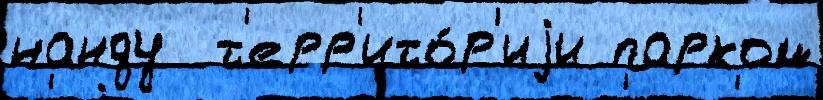
нанду  т'ерр'ито́р'иjи парком